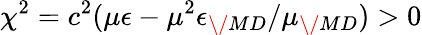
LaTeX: \chi^{2}=c^{2}(\mu\epsilon-\mu^{2}\epsilon_{\/ {MD}}/\mu_{\/ {MD}})>0